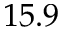
1 5 . 9